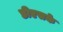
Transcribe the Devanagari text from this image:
डीएसके